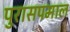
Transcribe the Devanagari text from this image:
पुरासपमाल